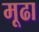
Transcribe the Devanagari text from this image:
मूढा